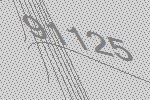
91125